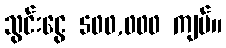
သွင်းငွေ 500,000 ကျပ်။